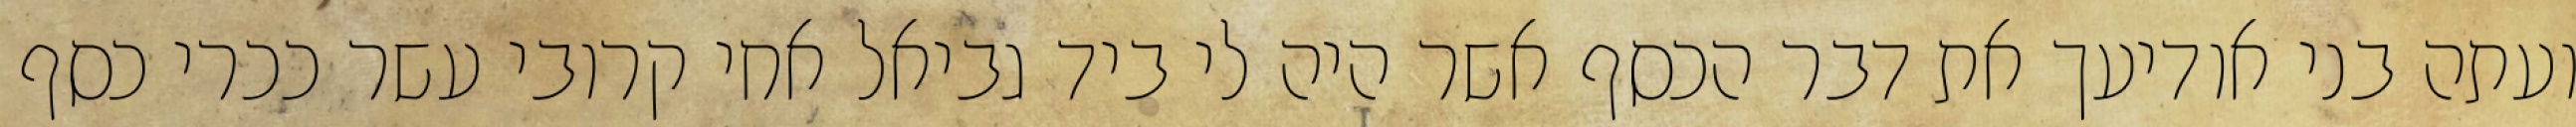
ועתה בני אודיעך את דבר הכסף אשר היה לי ביד גביאל אחי קרובי עשר ככרי כסף